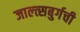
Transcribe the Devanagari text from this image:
जाल्त्सबुर्गची